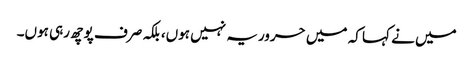
میں نے کہا کہ میں حروریہ نہیں ہوں، بلکہ صرف پوچھ رہی ہوں۔